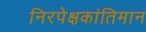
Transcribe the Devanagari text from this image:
निरपेक्षकांतिमान